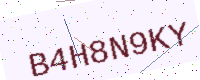
Text: B4H8N9KY